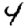
Digit: 4